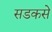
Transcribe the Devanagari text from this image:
सडकसे